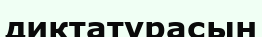
диктатурасын